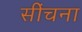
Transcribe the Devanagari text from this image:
सींचना